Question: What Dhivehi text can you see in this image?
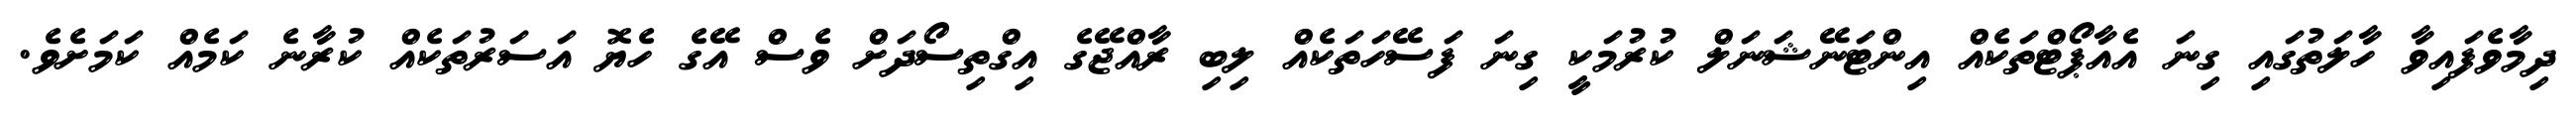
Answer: ދިމާވެފައިވާ ހާލަތުގައި ގިނަ އެއާޕޯޓްތަކެއް އިންޓަނޭޝަނަލް ކުރުމަކީ ގިނަ ފަސޭހަތަކެއް ލިބި ރާއްޖޭގެ އިގްތިސޯދަށް ވެސް އޭގެ ހެޔޮ އަސަރުތަކެއް ކުރާނެ ކަމެއް ކަމަށެވެ.